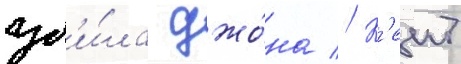
уб'и́ла джо́на // К'еит